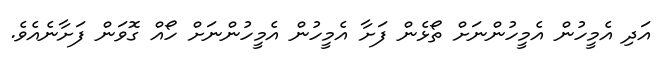
އަދި އެމީހުން އެމީހުންނަށް ތޯޅެން ފަށާ އެމީހުން އެމީހުންނަށް ހޯއް ގޮވަން ފަށާނެއެެވެ.